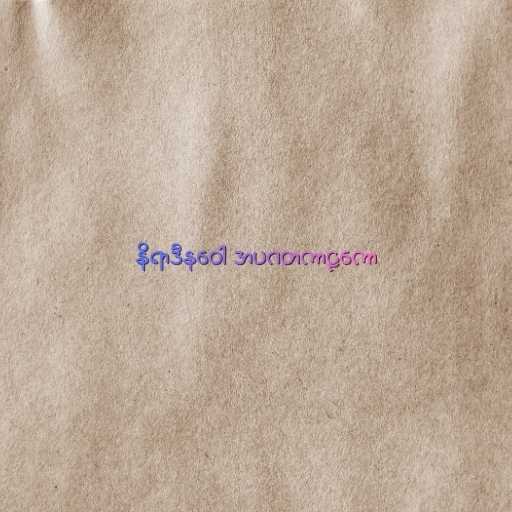
နိရာဒီနဝေါ အပဂတကာဠကော